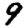
Digit: 9